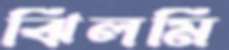
ঝিলমি